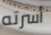
أسرته